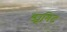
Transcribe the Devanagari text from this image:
ड्यूगिट